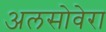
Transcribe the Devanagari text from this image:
अलसोवेरा